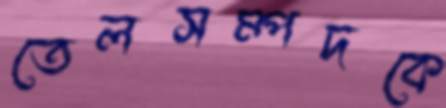
তেলসম্পদকে